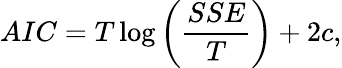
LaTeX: AIC=T\log\left(\frac{SSE}{T}\right)+2c,